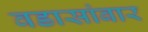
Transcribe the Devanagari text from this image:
वडासांबार